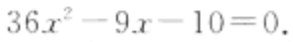
\(36x^{2}-9x - 10 = 0.\)